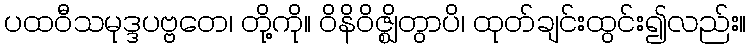
ပထဝီသမုဒ္ဒပဗ္ဗတေ၊ တို့ကို။ ဝိနိဝိဇ္ဈိတွာပိ၊ ထုတ်ချင်းထွင်း၍လည်း။